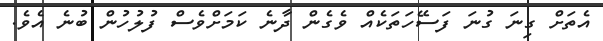
އެތަށް ގިނަ ގުނަ ފަސޭހަތަކެއް ވެގެން ދާނެ ކަމަށްވެސް ފުލުހުން ބުނެ އެވެ.